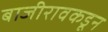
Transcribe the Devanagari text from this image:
बाजीरावकडून